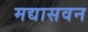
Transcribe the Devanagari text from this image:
मद्यासवन